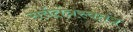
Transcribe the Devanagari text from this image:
सर्वतंत्रस्वतंत्र